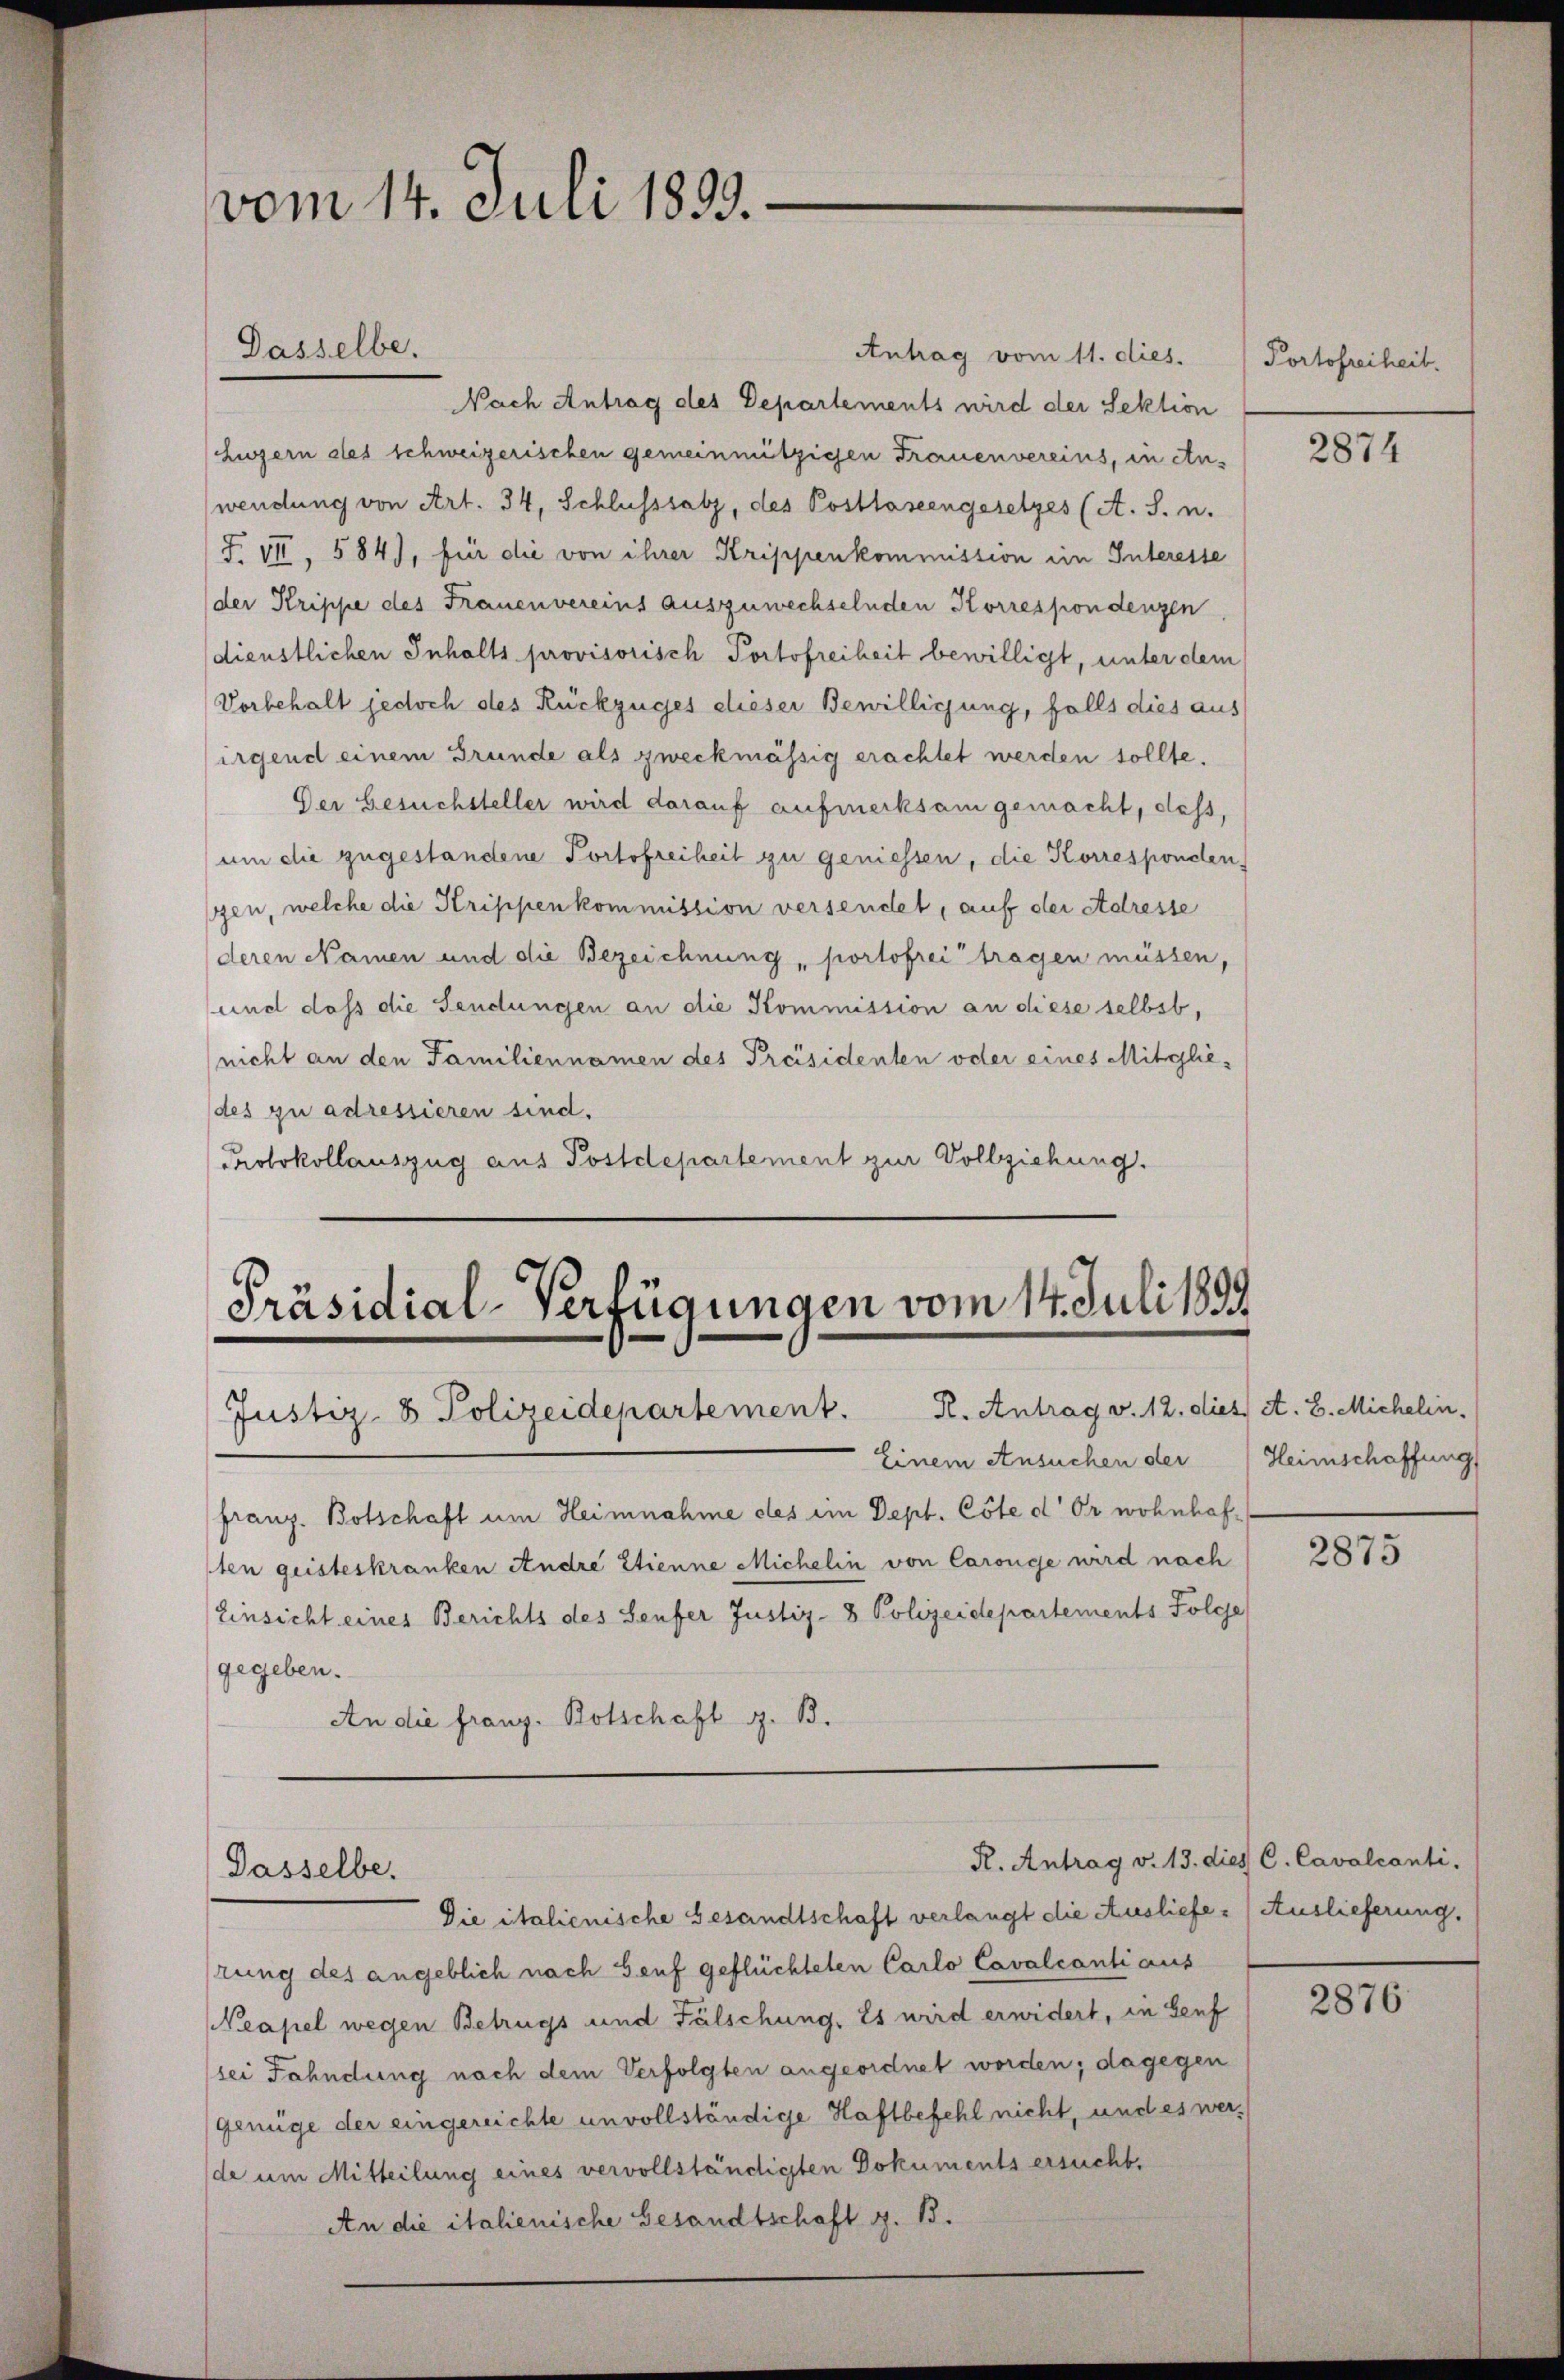
vom 14. Juli 1893.

Antrag vom 11. dies.
Nach Antrag des Departements wird der Sektion
Zizern des schweizerischen gemeinnützigen Frauenvereins, in An-
wendung von Art. 34, Schlusssatz, des Postlosengesetzes (A. S. u.
F. VII, 584), für die von ihrer Krippenkommission ein Interesse
der Krippe des Frauenvereins auszuwechselnden Korrespondenzen
dienstlichen Inhalts provisorisch Portofreiheit bewilligt, unter dem
Vorbehalt jedoch des Rückzuges dieser Bewilligung, falls dies aus
irgend einem Grunde als zweckmässig erachtet werden sollte.
Der Gesuchsteller wird darauf aufmerksam gemacht, dass,
um die zugestandene Portofreiheit zu geniessen, die Korresponden,
zen, welche die Krippen kommission versendet, auf der Adresse
deren Namen und die Bezeichnung portofrei tragen müssen,
und dass die Sendungen an die Kommission an diese selbst,
nicht an den Familiennamen des Preisidenten oder eines Mitgliedes zu adressieren sind.
Protokollauszug aus Postdepartement zur Vollziehung.

Dasselbe.

Präsidial-Verfügungen vom 14. Juli 1899
Justiz- & Polizeidepartement. R. Antrag v. 12. dies A. B. Michelin,

Dasselbe.

Portofreiheit.

Einem Ansuchen der
franz. Botschaft um Heimnahme des im Dept. Cote d. Er wohnhaften geisteskranken Andre Etienne Michelin von Carouge wird nach
Einsicht eines Berichts des Seufer Justiz- & Polizeidepartements Folge
gegeben.
An die franz. Botschaft z. B.

Die italienische Gesandtschaft verlangt die Ausliefe - Auslieferung.
rung des angeblich nach Genf geflüchteten Carlo Cavalcanti aus
Neapel wegen Betrugs und Fälschung. Es wird erwidert, in Genf
sei Fahndung nach dem Verfolgten angeordnet worden; dagegen
Genüge der eingereichte unvollständige Haftbefehl nicht, und es werde um Mitteilung eines vervollständigten Dokuments ersucht.
An die italienische Gesandtschaft z. B.

2874

Heimschaffung

2875

R. Antrag v. 13. dies C. Cavalcanti.

2876